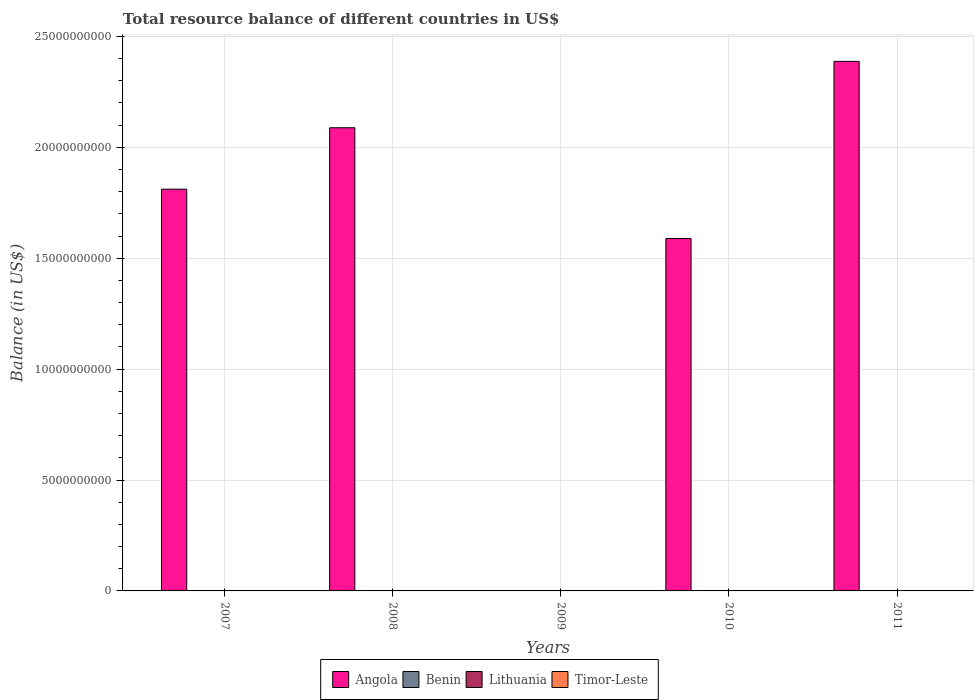
| Years | Angola | Benin | Lithuania | Timor-Leste |
 | --- | --- | --- | --- | --- |
 | 2007 | 1.81e+10 | -7.54e+08 | -5.2e+09 | -5.86e+08 |
 | 2008 | 2.09e+10 | -7.7e+08 | -5.54e+09 | -7.48e+08 |
 | 2009 | -6.6e+08 | -8.49e+08 | -6.29e+08 | -9.45e+08 |
 | 2010 | 1.59e+10 | -9.35e+08 | -6.97e+08 | -9.91e+08 |
 | 2011 | 2.39e+10 | -1e+09 | -1.11e+09 | -1.31e+09 |